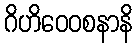
ဂိဟိဝေဝစနာနိ